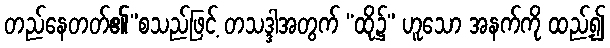
တည်နေတတ်၏”စသည်ဖြင့် တသဒ္ဒါအတွက် “ထို၌” ဟူသော အနက်ကို ထည့်၍